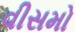
વીસમો